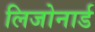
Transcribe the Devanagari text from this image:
लिजोनार्ड